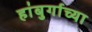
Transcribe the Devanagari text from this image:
हांबुर्गाच्या